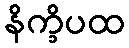
နိက္ခိပထ